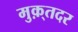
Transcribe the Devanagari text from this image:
मुक़्तदर